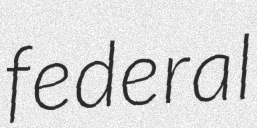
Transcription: federal